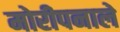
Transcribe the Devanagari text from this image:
मोरीपनाले